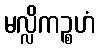
မလ္လိကဉ္စဟံ